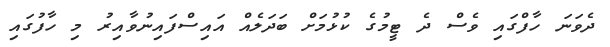
ދެވަނަ ހާފްގައި ވެސް ދެ ޓީމުގެ ކުޅުމަށް ބަދަލެއް އައިސްފައިނުވާއިރު މި ހާފުގައި